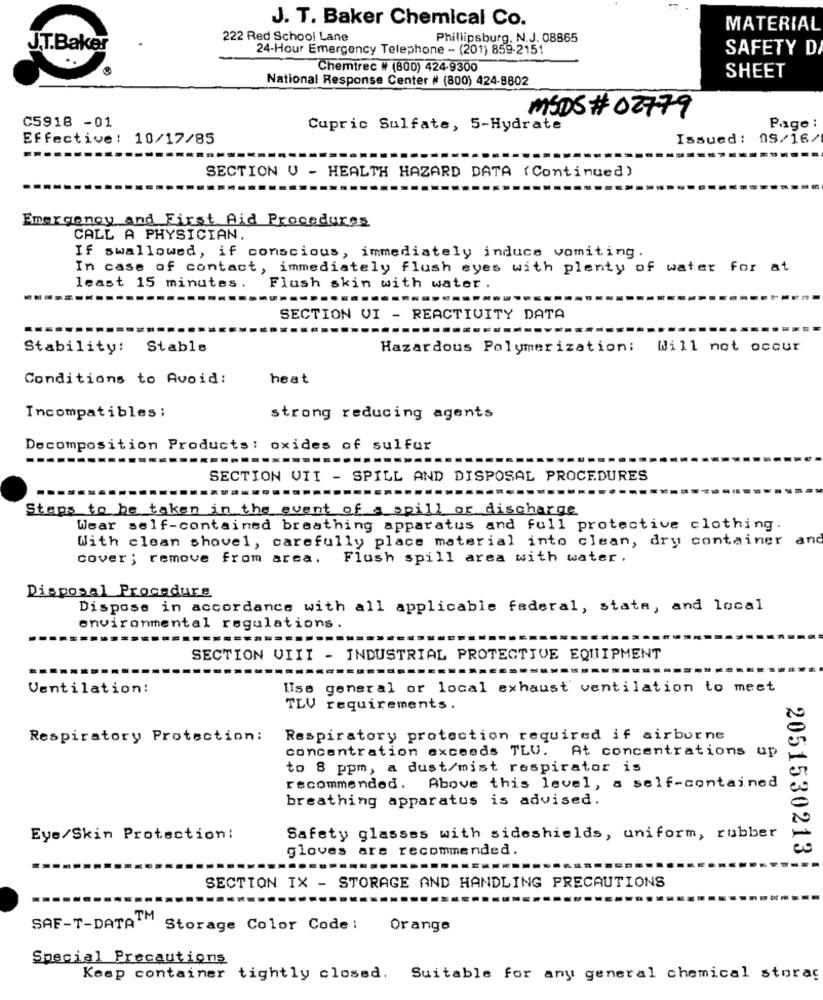
J. T. Baker Chemical Co.
MATERIAL
222 Red School Lane
Phillipsburg, N.J. 08865
J.T.Baker
24-Hour Emergency Telephone -- (201) 859-2151
SAFETY D
Chemtrec # (800) 424-9300
National Response Center # (800) 424-8802
SHEET
C5918 -01
MSDS#02779
Capric Sulfate, 5-Hydrate
Page :
Effective: 10/17/85
Issued: 09/16/
SECTION V - HEALTH HAZARD DATA (Continued)
Emergency and First Aid Procedures
CALL A PHYSICIAN.
If swallowed, if conscious, immediately induce vomiting.
In case of contact, immediately flush eyes with plenty of water for at
least 15 minutes .
Flush skin with water ,
SECTION VI - REACTIVITY DATA
Stability: Stable
Hazardous Polymerization: Will not occur
Conditions to Avoid:
heat
Incompatibles ;
strong reducing agents
Decomposition Products: oxides of sulfur
SECTION VII - SPILL AND DISPOSAL PROCEDURES
Steps to be taken in the event of a spill or discharge
Wear self-contained breathing apparatus and full protective clothing
With clean shovel, carefully place material into clean, dry container and
cover; remove from area. Flush spill area with water.
Disposal Procedure
Dispose in accordance with all applicable federal, state, and local
environmental regulations
SECTION VIII - INDUSTRIAL PROTECTIVE EQUIPMENT
Ventilation:
Ilse general or local exhaust ventilation to meet
TLV requirements.
Respiratory Protection:
Respiratory protection required if airborne
concentration exceeds TLV. At concentrations up
to 8 ppm, a dust/mist respirator is
recommended. Above this level, a self-contained
breathing apparatus is advised.
Eye/Skin Protection:
Safety glasses with sideshields, uniform, rubber
gloves ars recommended.
2051530213
SECTION IX - STORAGE AND HANDLING PRECAUTIONS
SAF-T-DATATM
Storage Color Code !
Orange
Special Precautions
Keep container tightly closed. Suitable for any general chemical storag